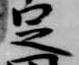
足